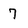
Character: 7